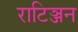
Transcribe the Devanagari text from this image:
राटिञ्जन